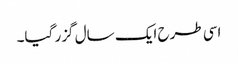
اسی طرح ایک سال گزر گیا۔